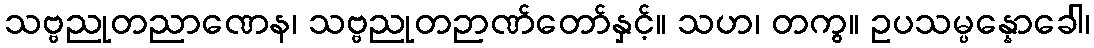
သဗ္ဗညုတညာဏေန၊ သဗ္ဗညုတဉာဏ်တော်နှင့်။ သဟ၊ တကွ။ ဥပသမ္ပန္နောခေါ၊